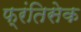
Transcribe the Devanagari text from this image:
फ्रंतिसेक